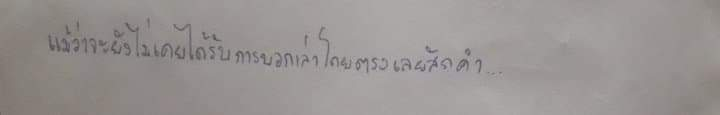
แม้ว่าจะยังไม่เคยได้รับการบอกเล่าโดยตรงเลยสักคำ...